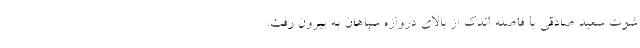
شوت سعید صادقی با فاصله اندک از بالای دروازه سپاهان به بیرون رفت.